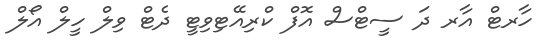
ހާރޓް އާރ ދަ ސީޓްސް އޮފް ކްރިއޭޓިވިޓީ ދެޓް ވިލް ހީލް އޯލް